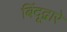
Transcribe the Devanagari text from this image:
बिंदूद्वारे